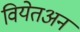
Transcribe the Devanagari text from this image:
वियेतअन